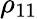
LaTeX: \rho_{11}